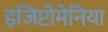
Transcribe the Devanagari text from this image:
इजिप्टोमेनिया